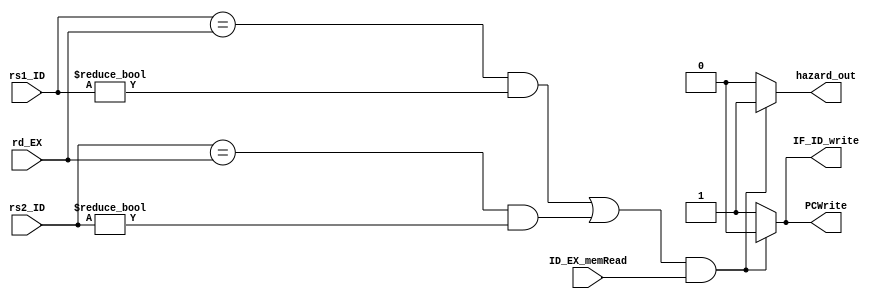
`timescale 1ns / 1ps
//////////////////////////////////////////////////////////////////////////////////
// Company: 
// Engineer: 
// 
// Design Name: 
// Module Name: HazardDetection
// Project Name: 
// Target Devices: 
// Tool Versions: 
// Description: 
// 
// Dependencies: 
// 
// Revision:
// Revision 0.01 - File Created
// Additional Comments:
// 
//////////////////////////////////////////////////////////////////////////////////


module HazardDetection(
    input [4:0] rs1_ID,
    input [4:0] rs2_ID,
    input [4:0] rd_EX,
    input ID_EX_memRead,
    output reg PCWrite,
    output reg IF_ID_write,
    output reg hazard_out
    );
    
    always @(*) begin
        hazard_out = 0;
        PCWrite = 1;
        IF_ID_write = 1;
        if ((((rs1_ID == rd_EX) &&  rs1_ID!=0) || ((rs2_ID == rd_EX) && rs2_ID!=0)) && ID_EX_memRead) begin
            PCWrite = 0;
            IF_ID_write = 0;
            hazard_out = 1;
        end
    end
    
endmodule